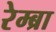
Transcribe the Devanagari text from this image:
रेम्ब्रा